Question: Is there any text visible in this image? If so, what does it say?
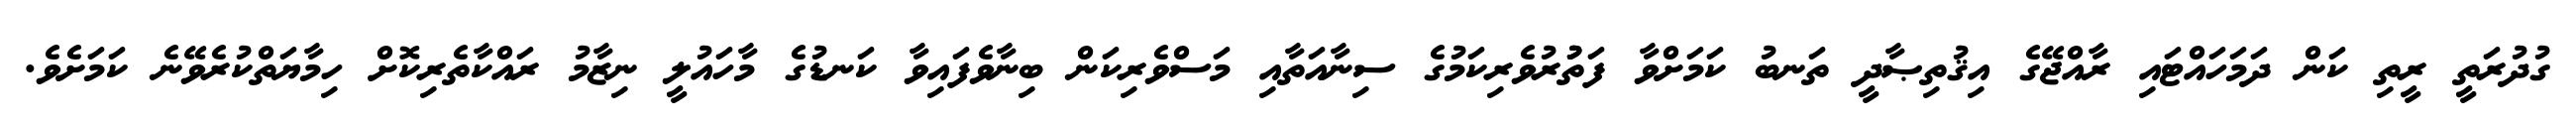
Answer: ގުދުރަތީ ރީތި ކަން ދަމަހައްޓައި ރާއްޖޭގެ އިޤުތިޞާދީ ތަނބު ކަމަށްވާ ފަތުުރުވެރިކަމުގެ ސިނާއަތާއި މަސްވެރިކަން ބިނާވެފައިވާ ކަނޑުގެ މާހައުލީ ނިޒާމު ރައްކާތެރިކޮށް ހިމާޔަތްކުރެވޭނެ ކަމަށެވެ.